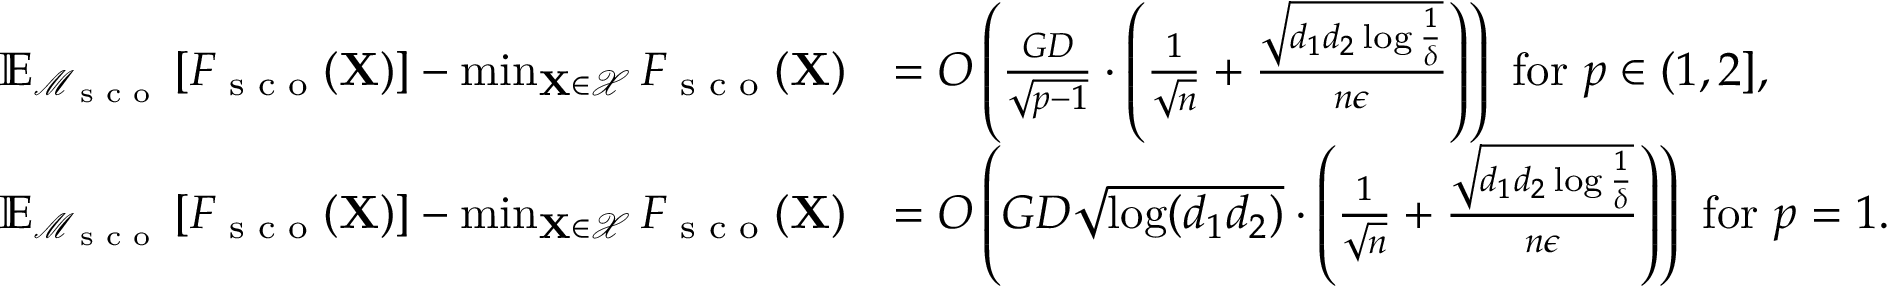
\begin{array} { r l } { \mathbb { E } _ { \mathcal { M } _ { \textup { s c o } } } \left[ F _ { \textup { s c o } } ( \mathbf { X } ) \right] - \operatorname* { m i n } _ { \mathbf { X } \in \mathcal { X } } F _ { \textup { s c o } } ( \mathbf { X } ) } & { = O \left( \frac { G D } { \sqrt { p - 1 } } \cdot \left( \frac 1 { \sqrt n } + \frac { \sqrt { d _ { 1 } d _ { 2 } \log \frac 1 \delta } } { n \epsilon } \right) \right) \mathrm { ~ f o r ~ } p \in ( 1 , 2 ] , } \\ { \mathbb { E } _ { \mathcal { M } _ { \textup { s c o } } } \left[ F _ { \textup { s c o } } ( \mathbf { X } ) \right] - \operatorname* { m i n } _ { \mathbf { X } \in \mathcal { X } } F _ { \textup { s c o } } ( \mathbf { X } ) } & { = O \left( G D \sqrt { \log ( d _ { 1 } d _ { 2 } ) } \cdot \left( \frac 1 { \sqrt n } + \frac { \sqrt { d _ { 1 } d _ { 2 } \log \frac 1 \delta } } { n \epsilon } \right) \right) \mathrm { ~ f o r ~ } p = 1 . } \end{array}